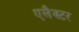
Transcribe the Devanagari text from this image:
एलैक्टर